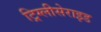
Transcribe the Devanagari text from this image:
ट्रिग्लीसेराइड